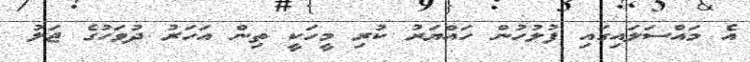
އެ މައްސަލައިގައި ފުލުހުން ހައްޔަރު ކުރި މީހަކީ ތިން އަހަރު ދުވަހުގެ ޖަލު